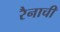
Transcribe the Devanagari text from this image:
रैनाची